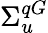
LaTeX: \Sigma_{u}^{qG}